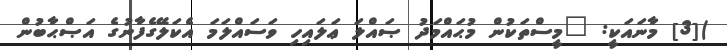
)[3] މާނައަކީ: "މީސްތަކުން މުޙައްމަދު ޞައްލަ ޢަލައިހި ވަސައްލަމަ އެކަލޭގެފާނުގެ އަޞްޙާބުން